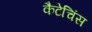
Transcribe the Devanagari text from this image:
कैटेचिंस